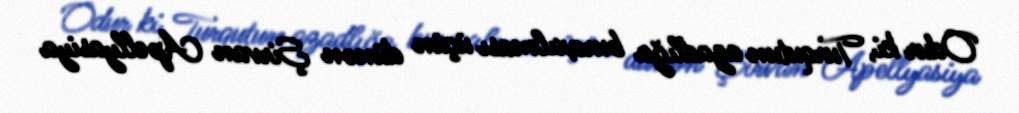
Odur ki, Turqutun azadlığa buraxılması üçün dünən Şirvan Apellyasiya